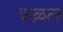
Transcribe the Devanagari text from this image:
कऴल